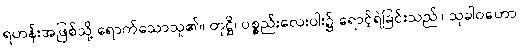
ရဟန်းအဖြစ်သို့ ရောက်သောသူ၏။ တုဋ္ဌိ၊ ပစ္စည်းလေးပါး၌ ရောင့်ရဲခြင်းသည်။ သုခါဝဟော၊